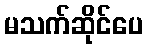
မသက်ဆိုင်ပေ